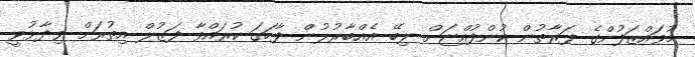
މުވައްޒަފުންގެ ފަރާތުން ކުންފުއްޏަށް ލިބޭ އެއްބާރުލުން ފާހަގަ ކުރައްވާ ފަޒުލް އިތުރަށް ވިދާޅުވީ